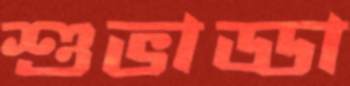
শুভাড্ডা